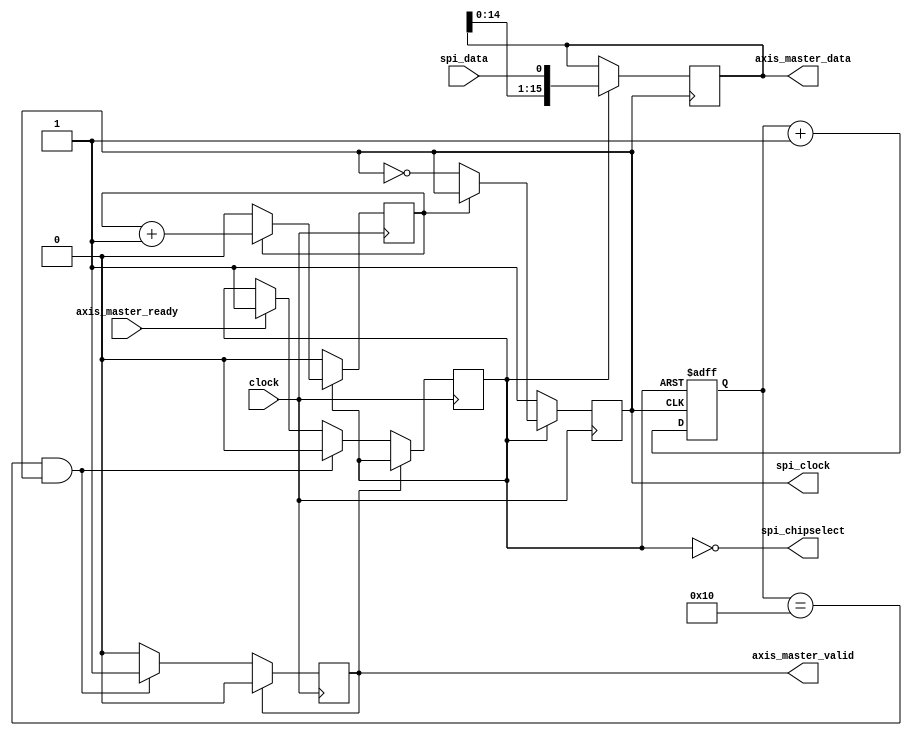
`timescale 1ns / 1ps

//////////////////////////////////////////////////////////////////////////////////
// This is really a SPI master interface, without the 
// master-output/slave-input signal. 
//////////////////////////////////////////////////////////////////////////////////

module spimaster #
    (
        // CLK TRIG is a constant that determines the frequency of the SPI clock.
        // SPI freq = clock freq / ( 2*CLK TRIG )
        parameter integer CLK_TRIG=0,
        // SAMPLE WIDTH is the width of the input data.
        parameter integer SAMPLE_WIDTH=16
    )
    (
        input wire clock,
        // SPI interface.
        output reg spi_clock=1,
        output spi_chipselect,
        input wire spi_data,
        // AXIS Master interface.
        input wire axis_master_ready,
        output reg axis_master_valid=0,
        output reg [ SAMPLE_WIDTH-1:0 ] axis_master_data=0
    );
    
    // function called clogb2 that returns an integer which has the                      
    // value of the ceiling of the log base 2.                                           
    function integer clogb2 (input integer bit_depth);                                   
        begin                                                                              
            for(clogb2=0; bit_depth>0; clogb2=clogb2+1)                                      
                bit_depth = bit_depth >> 1;                                                    
        end                                                                                
    endfunction   
    
    localparam integer SPI_CNT_WIDTH = clogb2( CLK_TRIG+1 );
    localparam integer SPI_EACHBIT_WIDTH = clogb2( SAMPLE_WIDTH+1 );
            
    reg spi_en=0;
    reg [ SPI_CNT_WIDTH-1:0 ] spi_cnt=0;
    reg [ SPI_EACHBIT_WIDTH-1:0 ] spi_eachbit=0;
    
    assign spi_chipselect = !spi_en;

    // Drive AXI Master Stream Interface
    always @( posedge clock ) 
        begin
            if ( axis_master_valid==1 )
                begin
                   axis_master_valid <= 0;
                end
            else if ( ( spi_eachbit==SAMPLE_WIDTH ) && ( spi_clock==1 ) )
                begin
                    spi_en <= 0;
                    axis_master_valid <= 1;
                end
            else if ( axis_master_ready==1 )
                begin
                    spi_en <= 1;
                end
           
        end
        
    // Drive SPI Clock.
    always @( posedge clock )
        if ( spi_en==1 )
            begin
                if ( spi_cnt==CLK_TRIG )
                    begin
                        spi_clock <= !spi_clock;
                        spi_cnt <= 0;
                    end
                else
                    begin
                        spi_cnt <= spi_cnt+1;
                    end
            end
        else
            begin
                spi_clock <= 1;
                spi_cnt <= 0;
            end
                
    // Acquire samples from SPI.
    always @( posedge spi_clock or negedge spi_en )
        if ( spi_en==0 )
            begin
                spi_eachbit <= 0;
            end
        else
            begin
                axis_master_data[ 0 ] <= spi_data;
                axis_master_data[ SAMPLE_WIDTH-1 : 1 ] <= axis_master_data[ SAMPLE_WIDTH-2 : 0 ];
                spi_eachbit <= spi_eachbit+1;
            end
        
            
    
endmodule